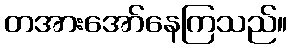
တအားအော်နေကြသည်။